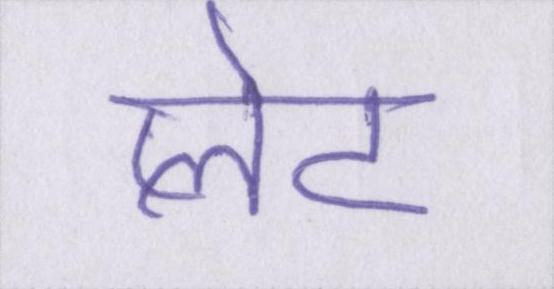
प्लेट